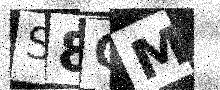
Text: S8CM